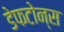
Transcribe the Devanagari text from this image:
डेफटोन्स